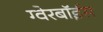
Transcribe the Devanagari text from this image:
ग्‍वेरबॉईस